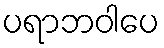
ပရာဘဝါပေ